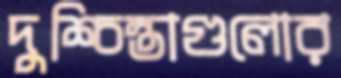
দুশ্চিন্তাগুলোর